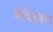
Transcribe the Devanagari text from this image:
केविडंबना